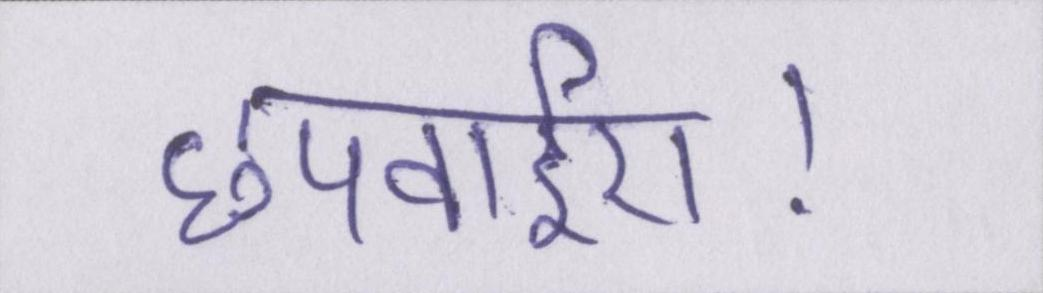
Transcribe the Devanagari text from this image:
छपवाईए।